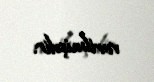
verilmişdir.